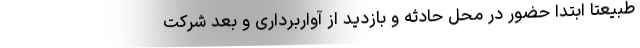
طبیعتا ابتدا حضور در محل حادثه و بازدید از آوار‌برداری و بعد شرکت